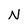
Character: N